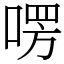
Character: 㗄